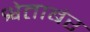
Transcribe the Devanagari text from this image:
श्वेताबंर